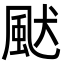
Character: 𩖮